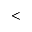
<